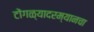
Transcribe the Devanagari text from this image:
टोंगळ्यादरम्यानचा